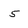
Character: 5